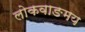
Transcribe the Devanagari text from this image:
लोकवाङमय